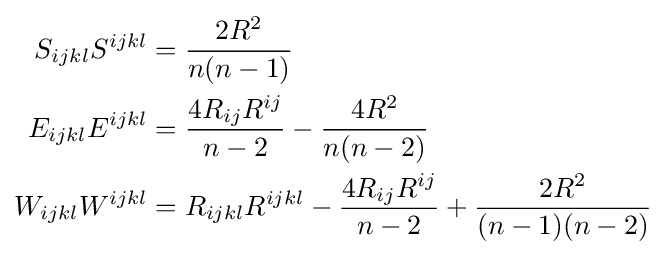
{\begin{aligned}S_{ijkl}S^{ijkl}&={\frac {2R^{2}}{n(n-1)}}\\E_{ijkl}E^{ijkl}&={\frac {4R_{ij}R^{ij}}{n-2}}-{\frac {4R^{2}}{n(n-2)}}\\W_{ijkl}W^{ijkl}&=R_{ijkl}R^{ijkl}-{\frac {4R_{ij}R^{ij}}{n-2}}+{\frac {2R^{2}}{(n-1)(n-2)}}\end{aligned}}